Vaccination returns of the Province of Eastern Bengal and Assam - 1905-1912
Year: 1905
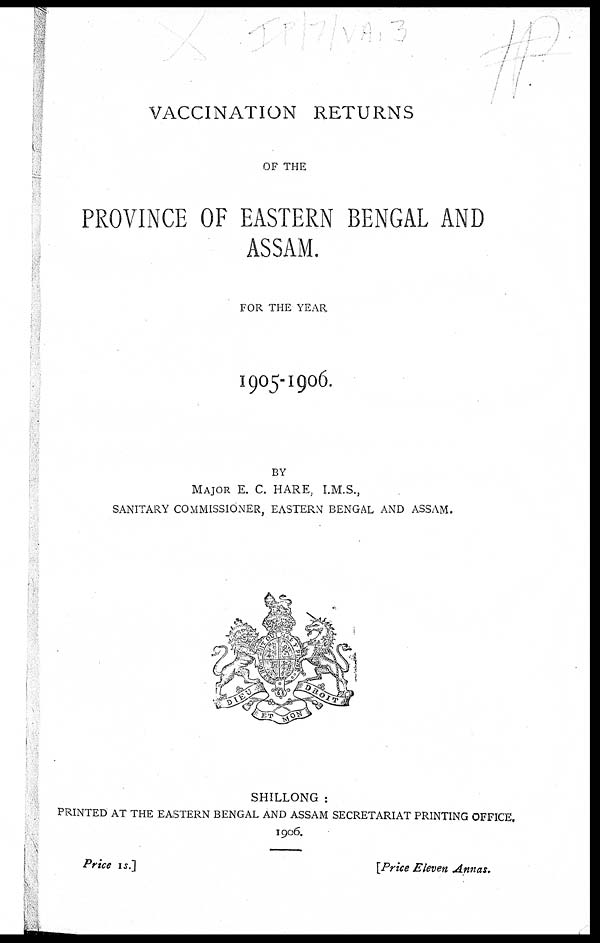
VACCINATION RETURNS
OF THE
PROVINCE OF EASTERN BENGAL AND
ASSAM.
FOR THE YEAR
1905-1906.
BY
MAJOR E. C. HARE, I.M.S.,
SANITARY COMMISSIONER, EASTERN BENGAL AND ASSAM.
SHILLONG :
PRINTED AT THE EASTERN BENGAL AND ASSAM SECRETARIAT PRINTING OFFICE.
1906.
Price 1s.]
[Price Eleven Annas.